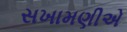
સખામણીએ